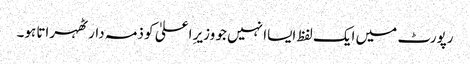
رپورٹ میں ایک لفظ ایساا نہیں جو وزیرِ اعلیٰ کو ذمہ دار ٹھہراتا ہو۔